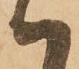
ハ